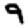
Digit: 9